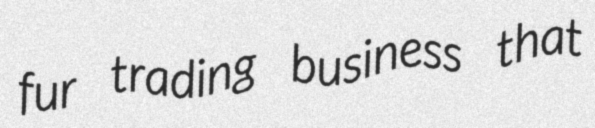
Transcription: fur trading business that